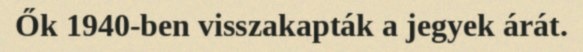
Ők 1940-ben visszakapták a jegyek árát.